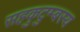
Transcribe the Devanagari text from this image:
सहकुटुम्बस्य